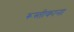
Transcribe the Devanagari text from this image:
रूस्तीकाना